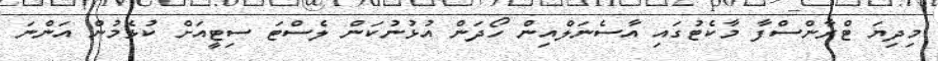
މިދިޔަ ޓްރާންސްފާ މާކެޓުގައި އާސެނަލްއިން ހޯދަން އުޅުނުކަން ލެސްޓަ ސިޓީއަށް ކުޅެމުން އަންނަ